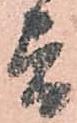
旨